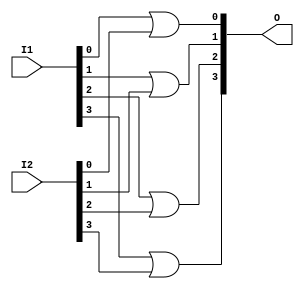
module pvs_or (I1,I2,O); // 4 bit or gate
  input[3:0] I1,I2;
  output[3:0] O;
  or M1 (O[0],I1[0],I2[0]);
  or M2 (O[1],I1[1],I2[1]);
  or M3 (O[2],I1[2],I2[2]);
  or M4 (O[3],I1[3],I2[3]);
endmodule